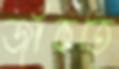
জাঁকতে